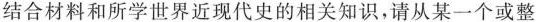
结合材料和所学世界近现代史的相关知识,请从某一个或整